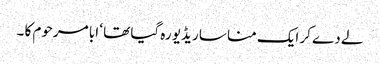
لے دے کر ایک منا سا ریڈیو رہ گیا تھا ‘ ابا مرحوم کا ۔